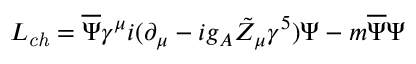
{ \cal L } _ { \it c h } = \overline { { { \Psi } } } \gamma ^ { \mu } i ( \partial _ { \mu } - i g _ { A } \tilde { Z } _ { \mu } \gamma ^ { 5 } ) \Psi - m \overline { { { \Psi } } } \Psi